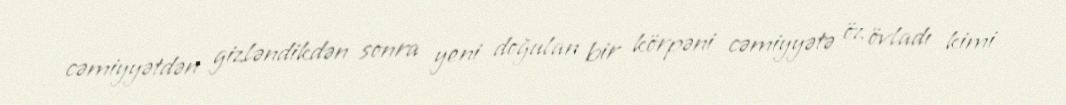
cəmiyyətdən gizləndikdən sonra yeni doğulan bir körpəni cəmiyyətə öz övladı kimi